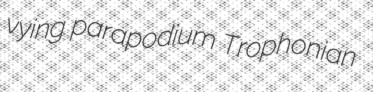
vying parapodium Trophonian